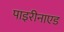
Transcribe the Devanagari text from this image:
पाइरीनाएड